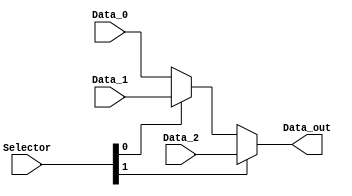
module mux_3x1_5 (
    input wire [4:0] Data_0,
    input wire [4:0] Data_1,
    input wire [4:0] Data_2,

    input wire [1:0] Selector,
    output wire [4:0] Data_out
);

wire [4:0] A1;
assign A1 = (Selector[0]) ? Data_1 : Data_0;

assign Data_out = (Selector[1]) ? Data_2 : A1;
endmodule